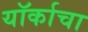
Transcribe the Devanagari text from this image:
यॉर्काचा